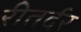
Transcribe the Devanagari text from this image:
रीतर्दर